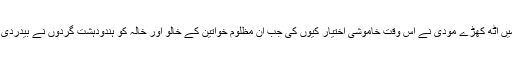
نام نہاد مسلم خواتین کی تائید میں اُٹھ کھڑے مودی نے اس وقت خاموشی اختیار کیوں کی جب ان مظلوم خواتین کے خالو اور خالہ کو ہندودہشت گردوں نے بیدردی سے موت کی نیند سلادیا تھا ۔